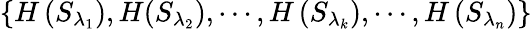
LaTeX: \left\{ {H}\left({{S}_{{\lambda}_{1}}}\right),{H}({{S}_{{\lambda}_{2}}}),\cdots,{H}\left({{S}_{{\lambda}_{k}}}\right),\cdots,{{H}}\left({{S}_{{\lambda}_{n}}}\right)\right\}